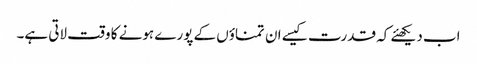
اب دیکھئے کہ قدرت کیسے ان تمناؤں کے پورے ہونے کا وقت لاتی ہے۔